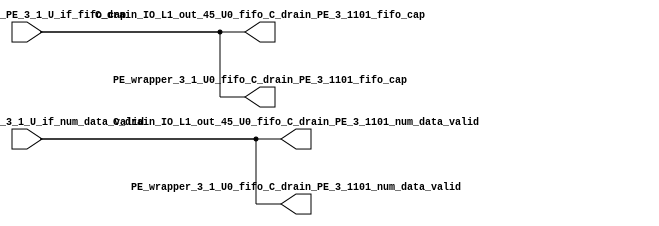
// ==================================================
// RTL generated by RapidStream
//
// Copyright 2024 RapidStream Design Automation, Inc.
// All Rights Reserved.
// ==================================================
`timescale 1 ns / 1 ps
module __rs_kernel3_aux_split_aux_90 #(
    parameter C_S_AXI_CONTROL_DATA_WIDTH  = 32,
    parameter C_S_AXI_CONTROL_ADDR_WIDTH  = 6,
    parameter C_S_AXI_DATA_WIDTH          = 32,
    parameter C_M_AXI_GMEM_A_ID_WIDTH     = 1,
    parameter C_M_AXI_GMEM_A_ADDR_WIDTH   = 64,
    parameter C_M_AXI_GMEM_A_DATA_WIDTH   = 512,
    parameter C_M_AXI_GMEM_A_AWUSER_WIDTH = 1,
    parameter C_M_AXI_GMEM_A_ARUSER_WIDTH = 1,
    parameter C_M_AXI_GMEM_A_WUSER_WIDTH  = 1,
    parameter C_M_AXI_GMEM_A_RUSER_WIDTH  = 1,
    parameter C_M_AXI_GMEM_A_BUSER_WIDTH  = 1,
    parameter C_M_AXI_GMEM_A_USER_VALUE   = 0,
    parameter C_M_AXI_GMEM_A_PROT_VALUE   = 0,
    parameter C_M_AXI_GMEM_A_CACHE_VALUE  = 3,
    parameter C_M_AXI_DATA_WIDTH          = 32,
    parameter C_M_AXI_GMEM_B_ID_WIDTH     = 1,
    parameter C_M_AXI_GMEM_B_ADDR_WIDTH   = 64,
    parameter C_M_AXI_GMEM_B_DATA_WIDTH   = 512,
    parameter C_M_AXI_GMEM_B_AWUSER_WIDTH = 1,
    parameter C_M_AXI_GMEM_B_ARUSER_WIDTH = 1,
    parameter C_M_AXI_GMEM_B_WUSER_WIDTH  = 1,
    parameter C_M_AXI_GMEM_B_RUSER_WIDTH  = 1,
    parameter C_M_AXI_GMEM_B_BUSER_WIDTH  = 1,
    parameter C_M_AXI_GMEM_B_USER_VALUE   = 0,
    parameter C_M_AXI_GMEM_B_PROT_VALUE   = 0,
    parameter C_M_AXI_GMEM_B_CACHE_VALUE  = 3,
    parameter C_M_AXI_GMEM_C_ID_WIDTH     = 1,
    parameter C_M_AXI_GMEM_C_ADDR_WIDTH   = 64,
    parameter C_M_AXI_GMEM_C_DATA_WIDTH   = 512,
    parameter C_M_AXI_GMEM_C_AWUSER_WIDTH = 1,
    parameter C_M_AXI_GMEM_C_ARUSER_WIDTH = 1,
    parameter C_M_AXI_GMEM_C_WUSER_WIDTH  = 1,
    parameter C_M_AXI_GMEM_C_RUSER_WIDTH  = 1,
    parameter C_M_AXI_GMEM_C_BUSER_WIDTH  = 1,
    parameter C_M_AXI_GMEM_C_USER_VALUE   = 0,
    parameter C_M_AXI_GMEM_C_PROT_VALUE   = 0,
    parameter C_M_AXI_GMEM_C_CACHE_VALUE  = 3,
    parameter C_S_AXI_CONTROL_WSTRB_WIDTH = 4,
    parameter C_S_AXI_WSTRB_WIDTH         = 4,
    parameter C_M_AXI_GMEM_A_WSTRB_WIDTH  = 64,
    parameter C_M_AXI_WSTRB_WIDTH         = 4,
    parameter C_M_AXI_GMEM_B_WSTRB_WIDTH  = 64,
    parameter C_M_AXI_GMEM_C_WSTRB_WIDTH  = 64
) (
    output wire [1:0] C_drain_IO_L1_out_45_U0_fifo_C_drain_PE_3_1101_fifo_cap,
    output wire [1:0] C_drain_IO_L1_out_45_U0_fifo_C_drain_PE_3_1101_num_data_valid,
    output wire [1:0] PE_wrapper_3_1_U0_fifo_C_drain_PE_3_1101_fifo_cap,
    output wire [1:0] PE_wrapper_3_1_U0_fifo_C_drain_PE_3_1101_num_data_valid,
    input wire  [1:0] fifo_C_drain_PE_3_1_U_if_fifo_cap,
    input wire  [1:0] fifo_C_drain_PE_3_1_U_if_num_data_valid
);
assign C_drain_IO_L1_out_45_U0_fifo_C_drain_PE_3_1101_fifo_cap = fifo_C_drain_PE_3_1_U_if_fifo_cap;
assign C_drain_IO_L1_out_45_U0_fifo_C_drain_PE_3_1101_num_data_valid = fifo_C_drain_PE_3_1_U_if_num_data_valid;
assign PE_wrapper_3_1_U0_fifo_C_drain_PE_3_1101_fifo_cap = fifo_C_drain_PE_3_1_U_if_fifo_cap;
assign PE_wrapper_3_1_U0_fifo_C_drain_PE_3_1101_num_data_valid = fifo_C_drain_PE_3_1_U_if_num_data_valid;
endmodule